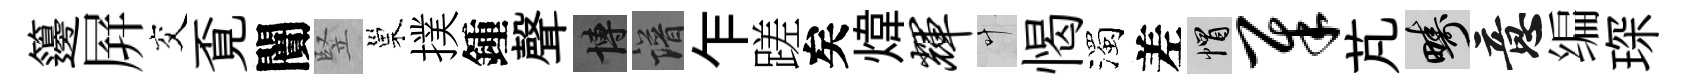
籩屛交覔闠竪巢撲鍾聲博譜乍蹉矣煒辉叶愒濁差帽犀芃疇意编琛